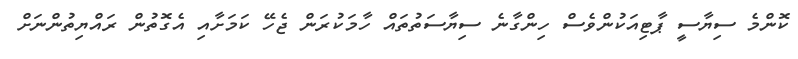
ކޮންމެ ސިޔާސީ ޕާޓިއަކުންވެސް ހިންގާނެ ސިޔާސަތުތައް ހާމަކުރަން ޖެހޭ ކަމަށާއި އެގޮތުން ރައްޔިތުންނަށް